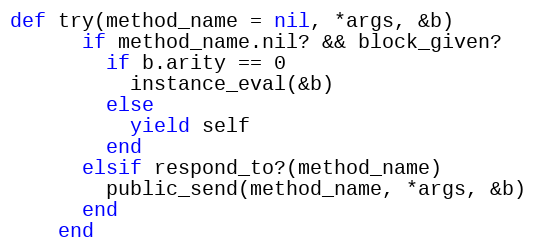
Language: Ruby
def try(method_name = nil, *args, &b)
      if method_name.nil? && block_given?
        if b.arity == 0
          instance_eval(&b)
        else
          yield self
        end
      elsif respond_to?(method_name)
        public_send(method_name, *args, &b)
      end
    end